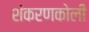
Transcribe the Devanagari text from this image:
शंकरणकोली